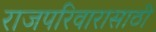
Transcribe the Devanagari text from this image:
राजपरिवारासाठी